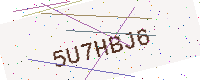
Text: 5U7HBJ6